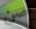
صن